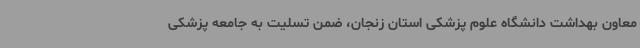
معاون بهداشت دانشگاه علوم پزشکی استان زنجان، ضمن تسلیت به جامعه پزشکی